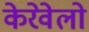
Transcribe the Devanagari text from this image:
केरेवेलो